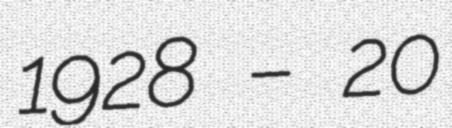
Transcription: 1928 – 20